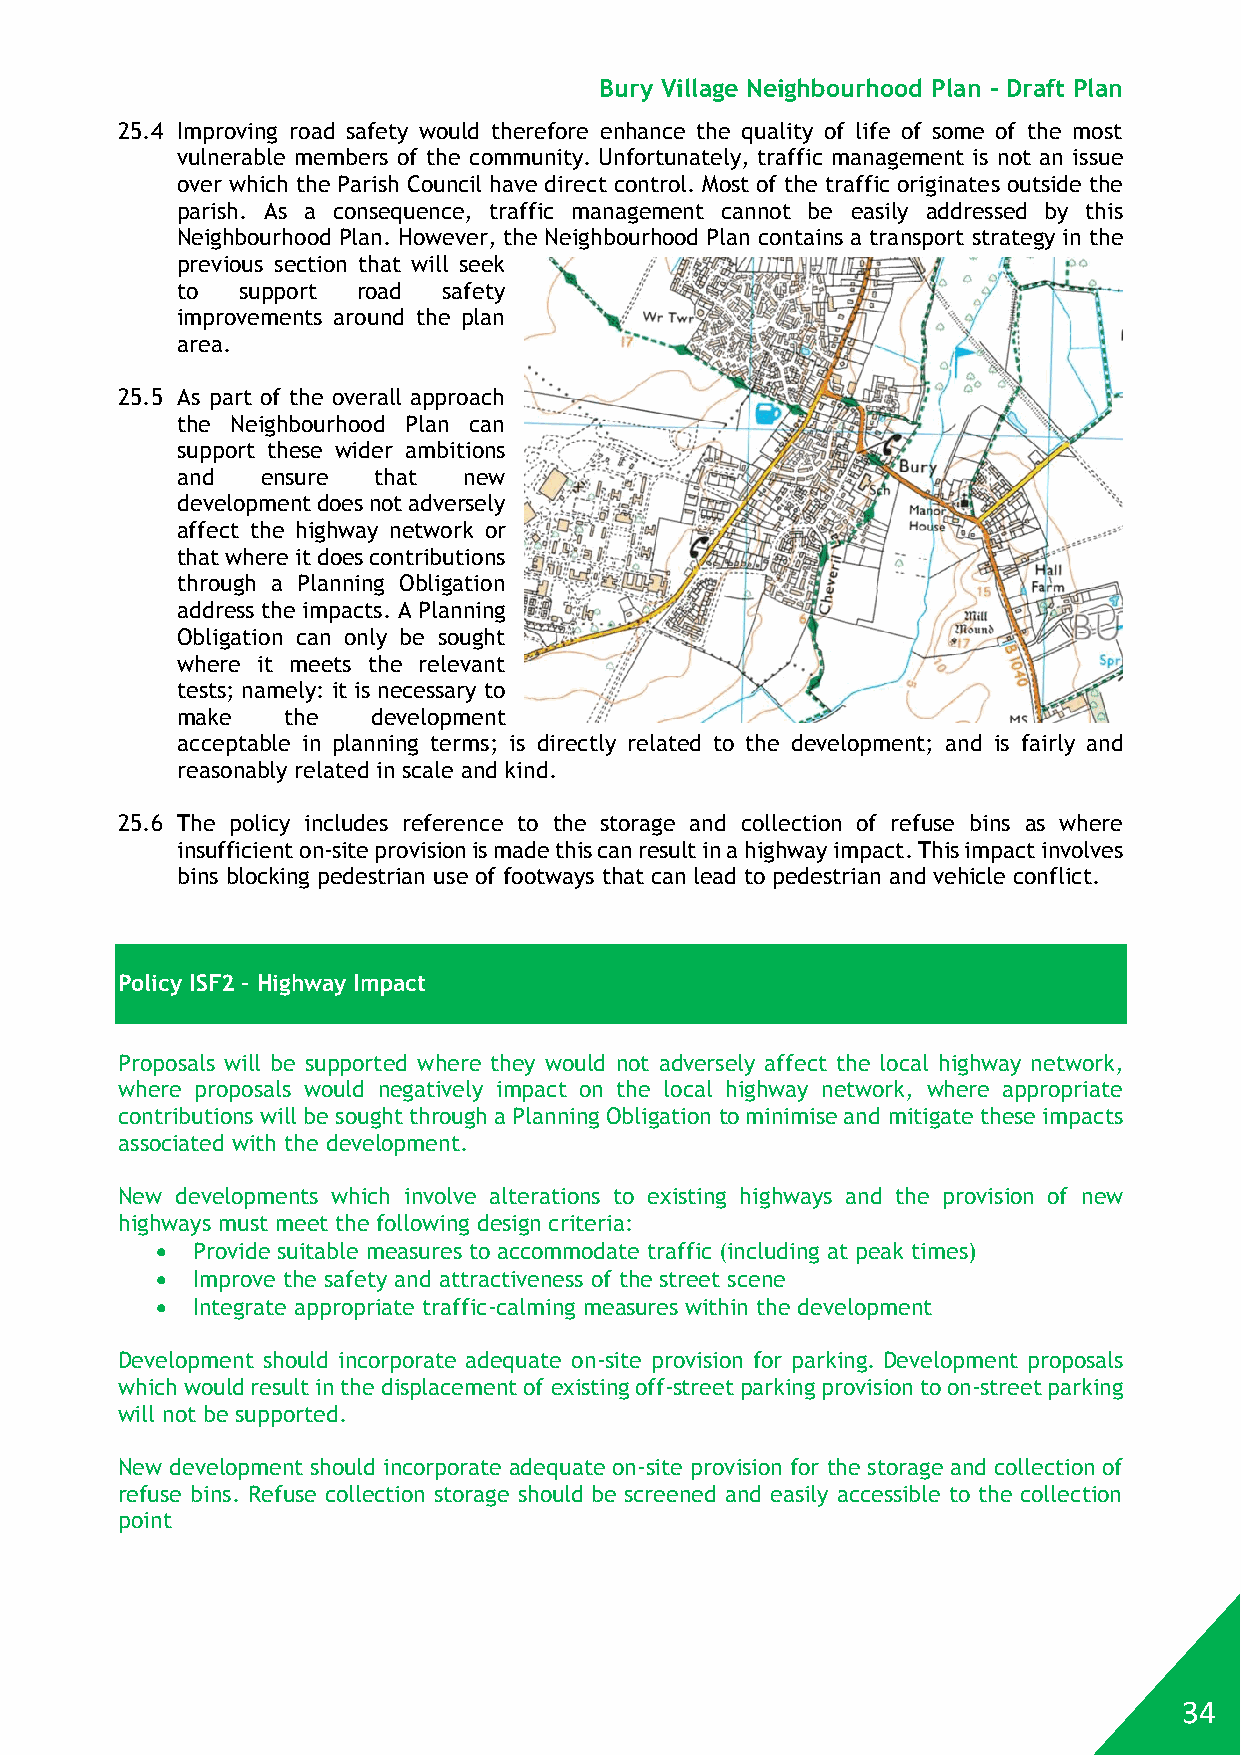
Bury Village Neighbourhood Plan - Draft Plan
 25.4 Improving road safety would therefore enhance the quality of life of some of the most
 vulnerable members of the community. Unfortunately, traffic management is not an issue
 over which the Parish Council have direct control. Most of the traffic originates outside the
 parish. As a consequence, traffic management cannot be easily addressed by this
 Neighbourhood Plan. However, the Neighbourhood Plan contains a transport strategy in the
 previous section that will seek
 to  support road safety
 improvements around the plan
 area.
 25.5 As part of the overall approach
 the Neighbourhood Plan can
 support these wider ambitions
 and  ensure  that  new
 development does not adversely
 affect the highway network or
 that where it does contributions
 through a Planning Obligation
 address the impacts. A Planning
 Obligation can only be sought
 where it meets the relevant
 tests; namely: it is necessary to
 make   the   development
 acceptable in planning terms; is directly related to the development; and is fairly and
 reasonably related in scale and kind.
 25.6 The policy includes reference to the storage and collection of refuse bins as where
 insufficient on-site provision is made this can result in a highway impact. This impact involves
 bins blocking pedestrian use of footways that can lead to pedestrian and vehicle conflict.
 Policy ISF2 – Highway Impact
 Proposals will be supported where they would not adversely affect the local highway network,
 where proposals would negatively impact on the local highway network, where appropriate
 contributions will be sought through a Planning Obligation to minimise and mitigate these impacts
 associated with the development.
 New developments which involve alterations to existing highways and the provision of new
 highways must meet the following design criteria:
   Provide suitable measures to accommodate traffic (including at peak times)
   Improve the safety and attractiveness of the street scene
   Integrate appropriate traffic-calming measures within the development
 Development should incorporate adequate on-site provision for parking. Development proposals
 which would result in the displacement of existing off-street parking provision to on-street parking
 will not be supported.
 New development should incorporate adequate on-site provision for the storage and collection of
 refuse bins. Refuse collection storage should be screened and easily accessible to the collection
 point
 34